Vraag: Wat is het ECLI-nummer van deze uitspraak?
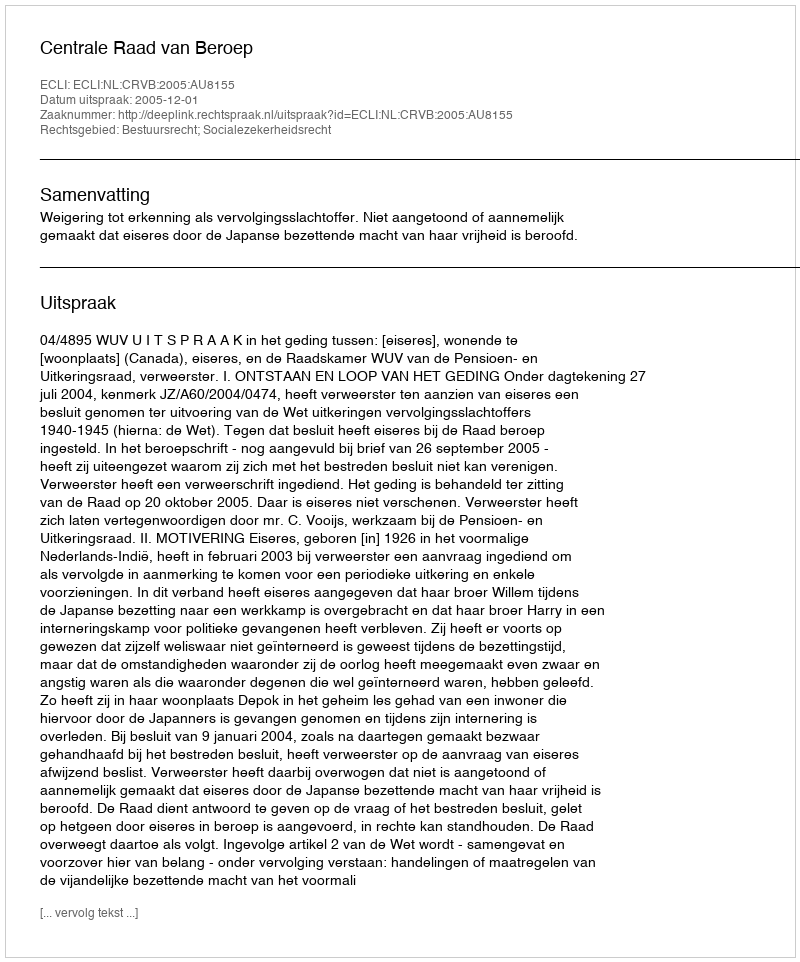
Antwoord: ECLI:NL:CRVB:2005:AU8155